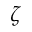
\boldsymbol { \zeta }